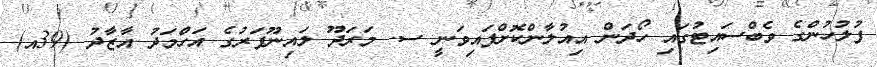
ފުލުހުންގެ ވެބްސައިޓުގައި ހޯދަން އިއުލާންކޮށްފައިވަނީ ސ. މަރަދޫ ލައިނޫފަރުގެ އަހްމަދު އާޒާދު (39އ)